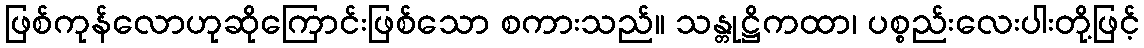
ဖြစ်ကုန်လောဟုဆိုကြောင်းဖြစ်သော စကားသည်။ သန္တုဋ္ဌိကထာ၊ ပစ္စည်းလေးပါးတို့ဖြင့်